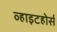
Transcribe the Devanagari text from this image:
व्हाइटहोर्स